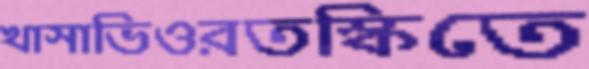
খাসাভিওরতস্কিতে